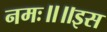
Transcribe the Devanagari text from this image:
नमः॥॥इस